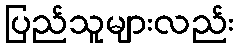
ပြည်သူများလည်း